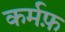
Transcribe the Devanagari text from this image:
कर्मफ़